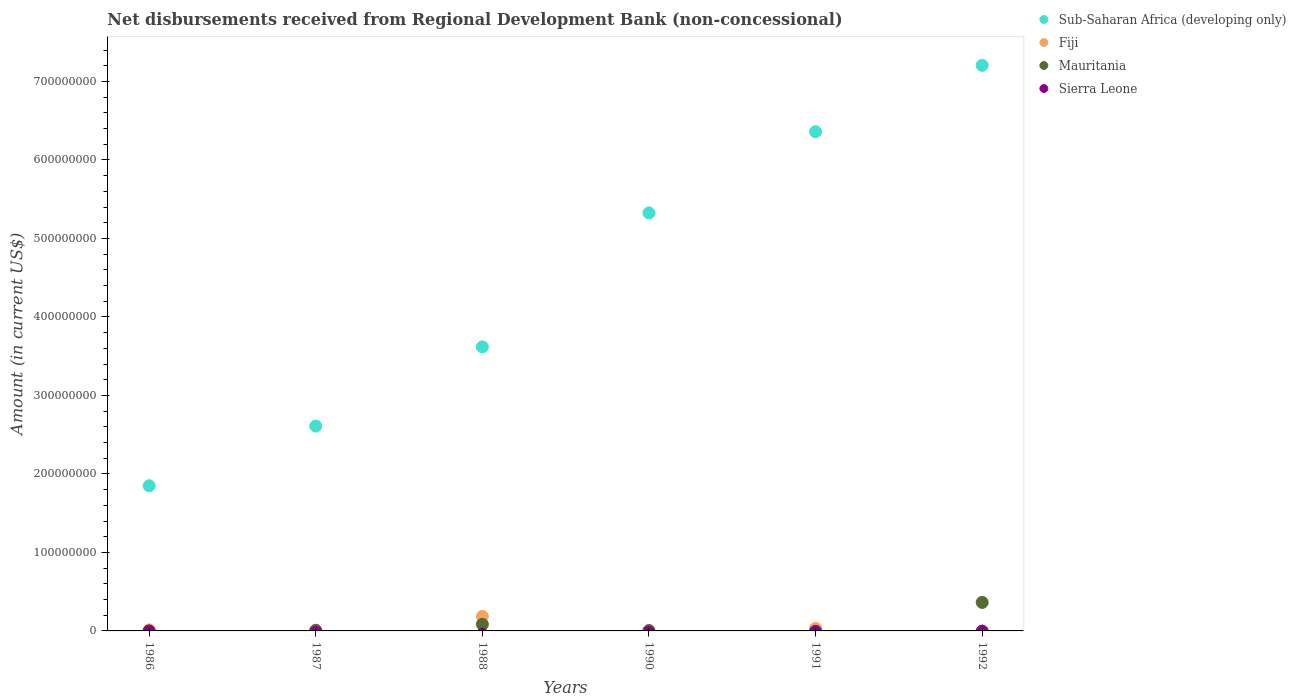
| Years | Sub-Saharan Africa (developing only) | Fiji | Mauritania | Sierra Leone |
 | --- | --- | --- | --- | --- |
 | 1986 | 1.85e+08 | 1.34e+06 | 1.9e+04 | -3.53e+05 |
 | 1987 | 2.61e+08 | 8.21e+05 | 7.3e+05 | -1.48e+06 |
 | 1988 | 3.62e+08 | 1.85e+07 | 8.38e+06 | -4.07e+06 |
 | 1990 | 5.33e+08 | -1.27e+07 | 5.3e+05 | -1.70e+06 |
 | 1991 | 6.36e+08 | 3.35e+06 | -2.57e+06 | -4.84e+05 |
 | 1992 | 7.2e+08 | -4.7e+04 | 3.63e+07 | -3.17e+05 |